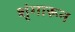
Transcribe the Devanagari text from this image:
शृंगारून